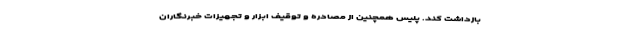
بازداشت کند. پلیس همچنین از مصادره و توقیف ابزار و تجهیزات خبرنگاران